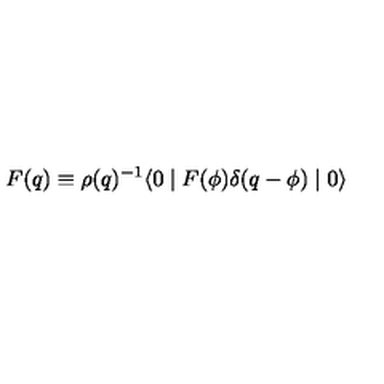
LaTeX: F ( q ) \equiv \rho ( q ) ^ { - 1 } \langle 0 \mid F ( \phi ) \delta ( q - \phi ) \mid 0 \rangle